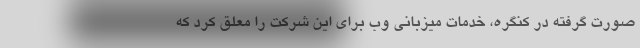
صورت گرفته در کنگره، خدمات میزبانی وب برای این شرکت را معلق کرد که